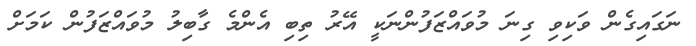
ނަގައިގެން ވަކިވި ގިނަ މުވައްޒަފުންނަކީ އޭރު ތިބި އެންމެ ގާބިލު މުވައްޒަފުން ކަމަށް